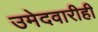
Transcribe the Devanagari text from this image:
उमेदवारीही